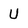
Character: U